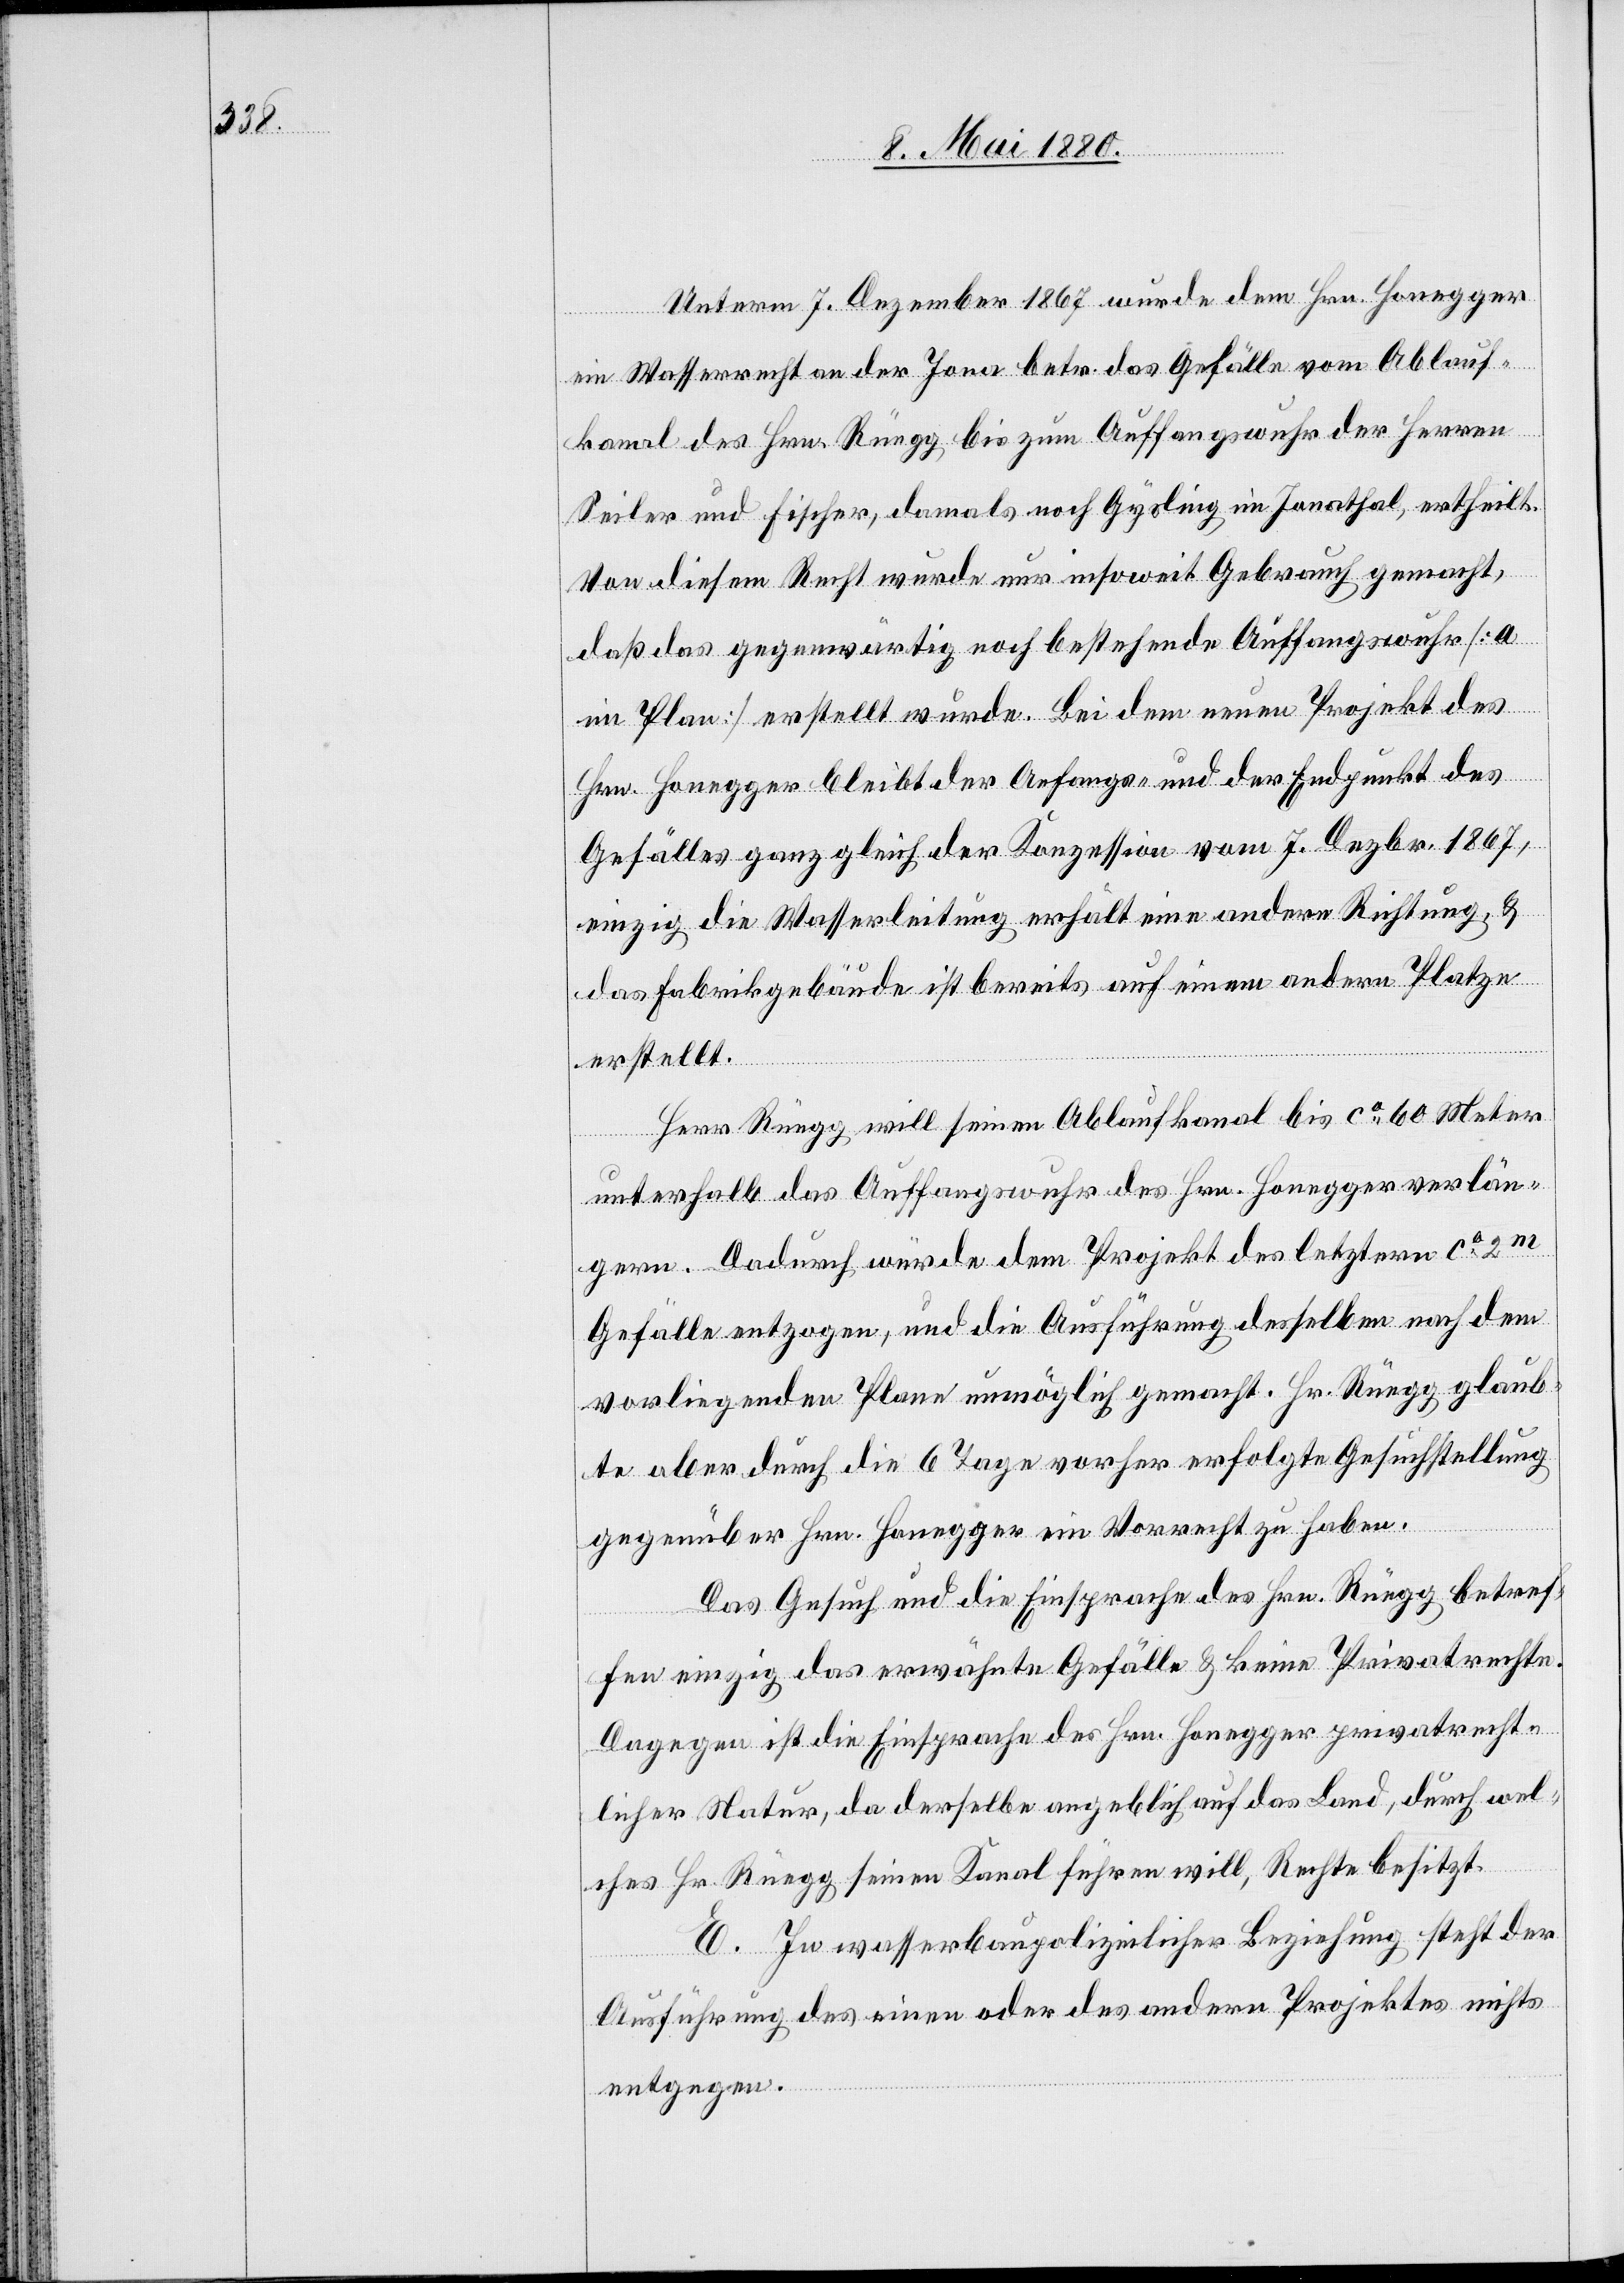
Unterm 7. Dezember 1867 wurde dem Hrn. Honegger
ein Wasserrecht an der Jona betr. das Gefälle vom Ablauf¬
kanal des Hrn. Rüegg bis zum Auffangswuhr der Herren
Seiler und Fischer, damals noch Gysling im Jonathal, ertheilt.
Von diesem Recht wurde nur insoweit Gebrauch gemacht,
daß das gegenwärtig noch bestehende Auffangswuhr [a
im Plane] erstellt wurde. Bei dem neuen Projekt des
Hrn. Honegger bleibt der Anfangs- und der Endpunkt des
Gefälles ganz gleich der Konzession vom 7. Dezbr. 1867,
einzig die Wasserleitung erhält eine andere Richtung &
das Fabrikgebäude ist bereits auf einem andern Platze
erstellt.
Herr Rüegg will seinen Ablaufkanal bis ca 60 Meter
unterhalb das Auffangswuhr des Hrn. Honegger verla¬
gern. Dadurch würde dem Projekt des letztern ca 2m
Gefälle enzogen, und die Ausführung desselben nach dem
vorliegenden Plane unmöglich gemacht. Hr Rüegg glaub¬
te aber durch die 6 Tage vorher erfolgte Gesuchstellung
gegenüber Hrn. Honegger ein Vorrecht zu haben.
Das Gesuch und die Einsprache des Hrn. Rüegg betref¬
fen einzig das erwähnte Gefälle & keine Privatrechte.
Dagegen ist die Einsprache des Hrn. Honegger privatrecht¬
licher Natur, da derselbe angeblich auf das Land, durch wel¬
ches Hr. Rüegg seinen Kanal führen will, Rechte besitzt.
E. In wasserbaupolizeilicher Beziehung steht der
Ausführung des einen oder des andern Projektes nichts
entgegen.